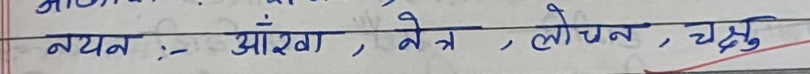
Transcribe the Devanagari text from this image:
नयन :- आँखा , नेत्र , लोचन , चक्षु